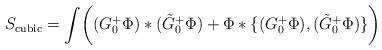
LaTeX: \begin{align*}S_{\mathrm{cubic}}=\int\biggl((G_0^+\Phi)*(\tilde{G}_0^+\Phi)+\Phi*\{(G_0^+\Phi),(\tilde{G}_0^+\Phi)\}\biggr) \end{align*}